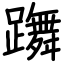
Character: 躌